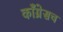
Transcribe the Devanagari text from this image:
काँग्रेसच